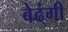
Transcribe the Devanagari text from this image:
बेढ्ंगी